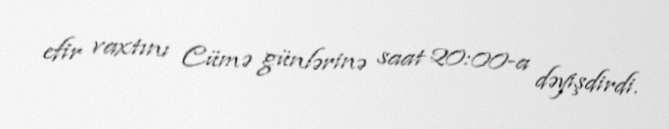
efir vaxtını Cümə günlərinə saat 20:00-a dəyişdirdi.